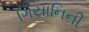
ગિયાનિની